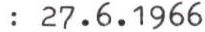
: 27.6.1966